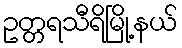
ဥတ္တရသီရိမြို့နယ်